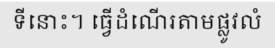
ទីនោះ។ ធ្វើដំណើរតាមផ្លូវលំ